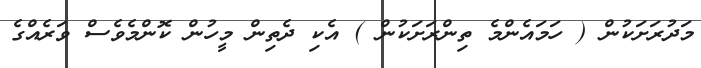
މަދުރަށަކުން ( ހަމައެންމެ ތިންރަށަކުން ) އެކި ދެތިން މީހުން ކޮންމެވެސް ވަރެއްގެ